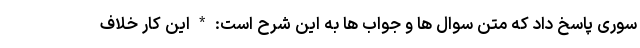
سوری پاسخ داد که متن سوال ها و جواب ها به این شرح است: * این کار خلاف